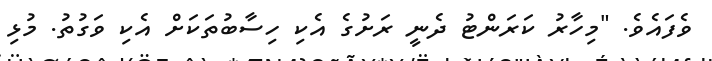
ވެފައެވެ. "މިހާރު ކަރަންޓު ދެނީ ރަށުގެ އެކި ހިސާބުތަކަށް އެކި ވަގުތު. މުޅި